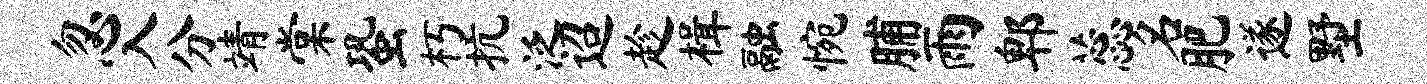
忽入分靖棠蛩朽抗泛迢趁楫融惋脯雨郫蕊名肥遂墅